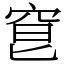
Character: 䆞